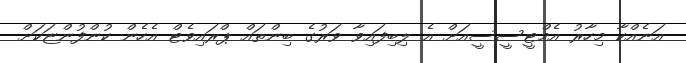
އަނެއްކާ މިހާރު އެމްޓީސީސީއަށް އެ ލިބިފައިވާ ވަރުގެ ބިންތައް ޕްރައިވެޓް އެހެން ކުންފުންޏަކަށް